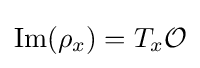
\mathrm {Im} (\rho _{x})=T_{x}{\mathcal {O}}